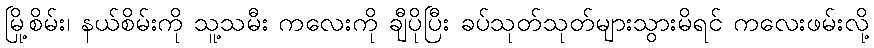
မြို့စိမ်း၊ နယ်စိမ်းကို သူ့သမီး ကလေးကို ချီပိုပြီး ခပ်သုတ်သုတ်များသွားမိရင် ကလေးဖမ်းလို့